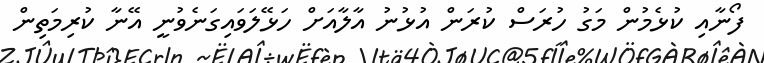
ފޯނާއި ކުޅެމުން މަގު ހުރަސް ކުރަން އުޅުނު އާލާއަށް ހަޅޭލަވައިގަނެވުނީ އޭނާ ކުރިމަތިން